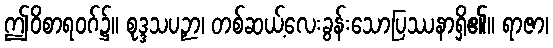
ဤဝိစာရဝဂ်၌။ စုဒ္ဒသပဉှာ၊ တစ်ဆယ့်လေးခွန်းသောပြဿနာရှိ၏။ ရာဇာ၊